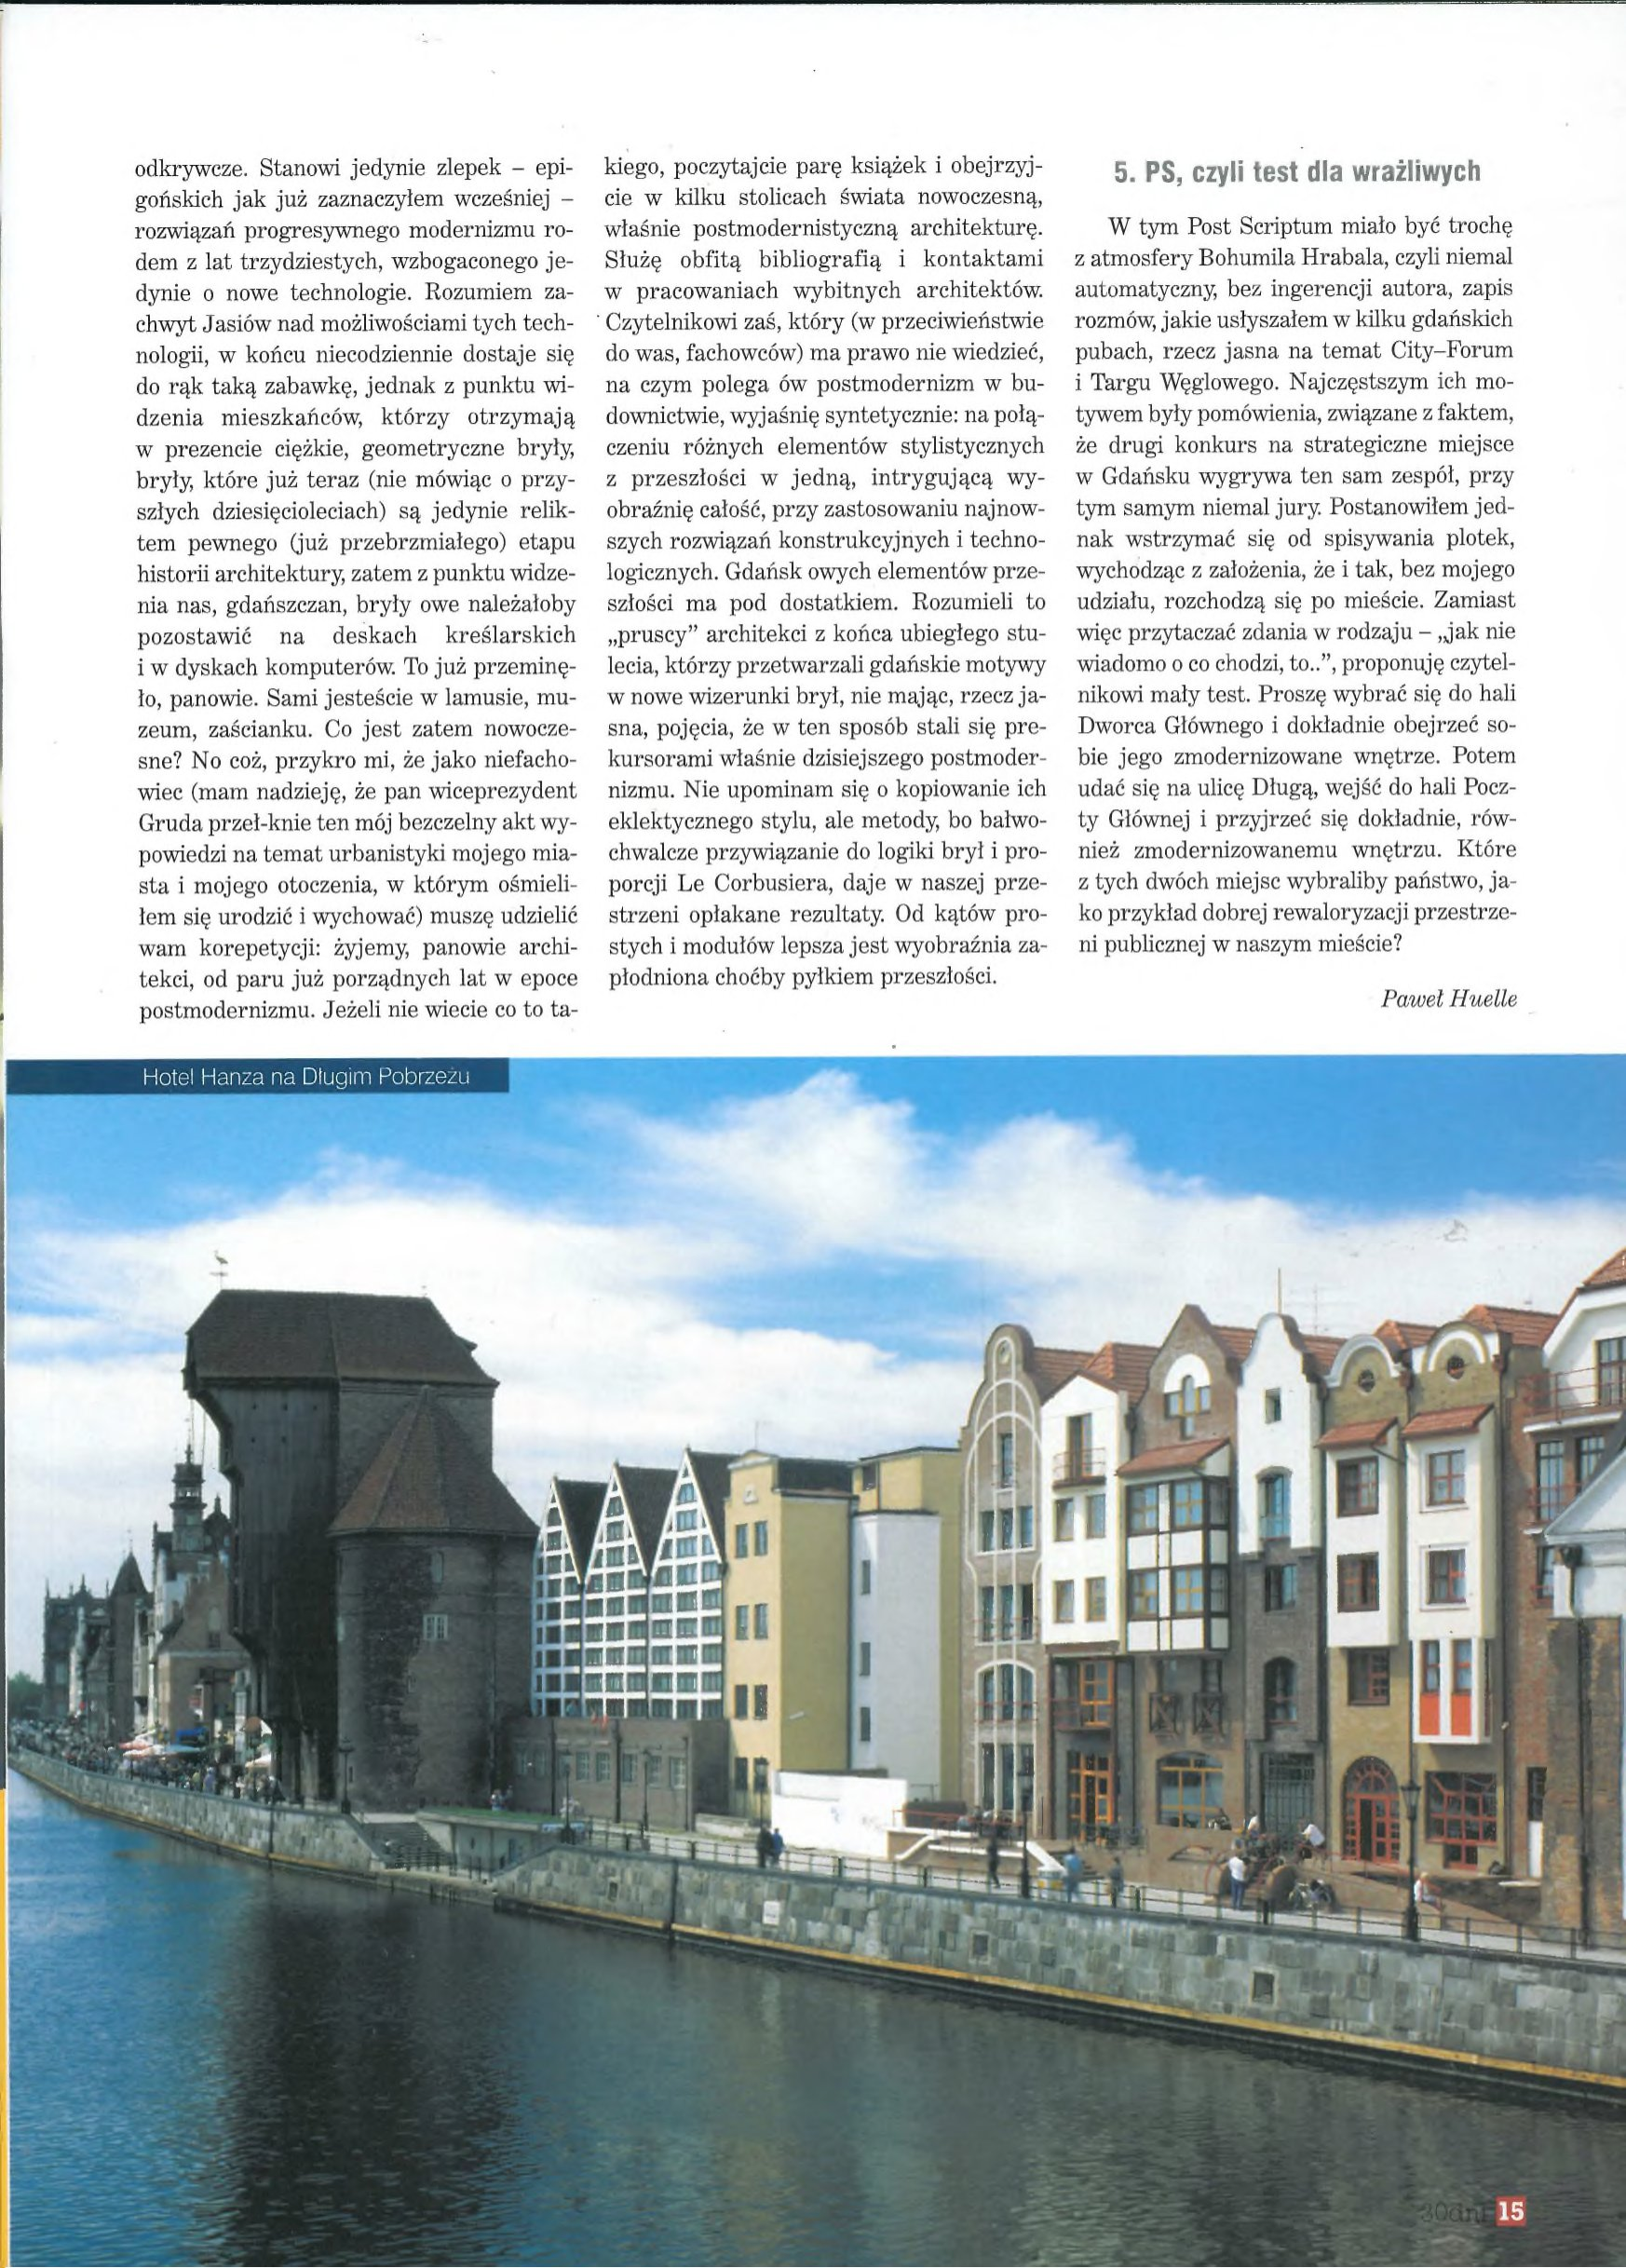
Language: pl